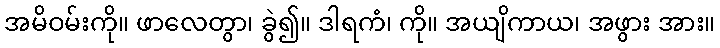
အမိဝမ်းကို။ ဖာလေတွာ၊ ခွဲ၍။ ဒါရကံ၊ ကို။ အယျိကာယ၊ အဖွား အား။